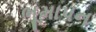
ભૂમાપન